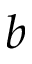
b